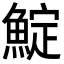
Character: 𩸎